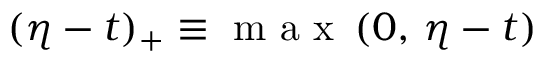
( \eta - t ) _ { + } \equiv \mathrm { ~ m ~ a ~ x ~ } \, ( 0 , \, \eta - t )